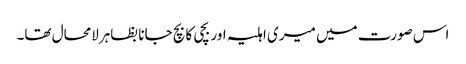
اس صورت میں میری اہلیہ اور بچی کا بچ جانا بظاہرلامحال تھا۔